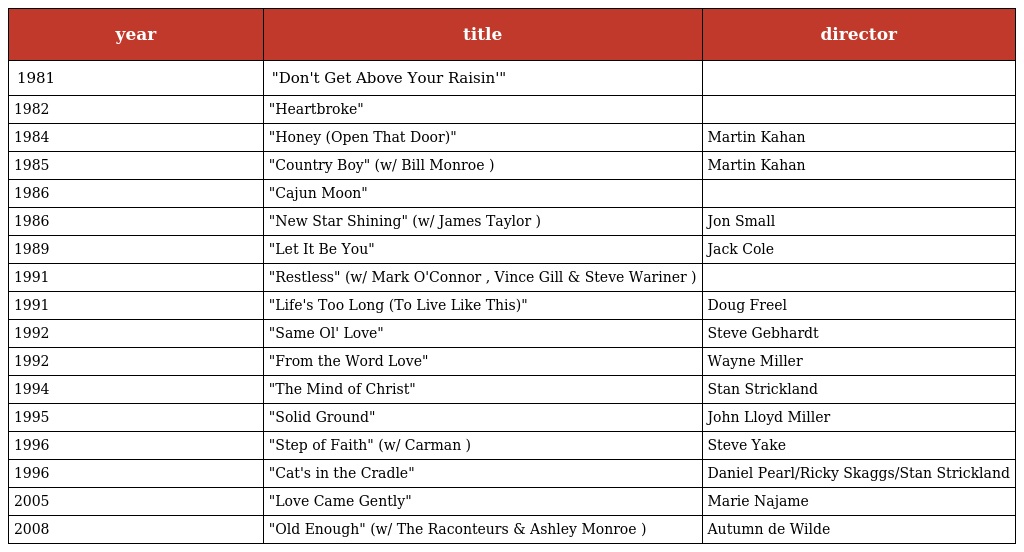
| year | title | director |
 | --- | --- | --- |
 | 1981 | "Don't Get Above Your Raisin'" |  |
 | 1982 | "Heartbroke" |  |
 | 1984 | "Honey (Open That Door)" | Martin Kahan |
 | 1985 | "Country Boy" (w/ Bill Monroe ) | Martin Kahan |
 | 1986 | "Cajun Moon" |  |
 | 1986 | "New Star Shining" (w/ James Taylor ) | Jon Small |
 | 1989 | "Let It Be You" | Jack Cole |
 | 1991 | "Restless" (w/ Mark O'Connor , Vince Gill & Steve Wariner ) |  |
 | 1991 | "Life's Too Long (To Live Like This)" | Doug Freel |
 | 1992 | "Same Ol' Love" | Steve Gebhardt |
 | 1992 | "From the Word Love" | Wayne Miller |
 | 1994 | "The Mind of Christ" | Stan Strickland |
 | 1995 | "Solid Ground" | John Lloyd Miller |
 | 1996 | "Step of Faith" (w/ Carman ) | Steve Yake |
 | 1996 | "Cat's in the Cradle" | Daniel Pearl/Ricky Skaggs/Stan Strickland |
 | 2005 | "Love Came Gently" | Marie Najame |
 | 2008 | "Old Enough" (w/ The Raconteurs & Ashley Monroe ) | Autumn de Wilde |